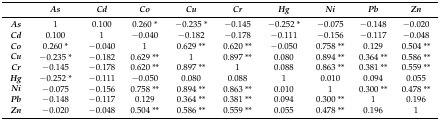
<table><thead><tr><td></td><td><b><i>As</i></b></td><td><b><i>Cd</i></b></td><td><b><i>Co</i></b></td><td><b><i>Cu</i></b></td><td><b><i>Cr</i></b></td><td><b><i>Hg</i></b></td><td><b><i>Ni</i></b></td><td><b><i>Pb</i></b></td><td><b><i>Zn</i></b></td></tr></thead><tbody><tr><td><b><i>As</i></b></td><td>1</td><td>0.100</td><td>0.260 *</td><td>−0.235 *</td><td>−0.145</td><td>−0.252 *</td><td>−0.075</td><td>−0.148</td><td>−0.020</td></tr><tr><td><b><i>Cd</i></b></td><td>0.100</td><td>1</td><td>−0.040</td><td>−0.182</td><td>−0.178</td><td>−0.111</td><td>−0.156</td><td>−0.117</td><td>−0.048</td></tr><tr><td><b><i>Co</i></b></td><td>0.260 *</td><td>−0.040</td><td>1</td><td>0.629 **</td><td>0.620 **</td><td>−0.050</td><td>0.758 **</td><td>0.129</td><td>0.504 **</td></tr><tr><td><b><i>Cu</i></b></td><td>−0.235 *</td><td>−0.182</td><td>0.629 **</td><td>1</td><td>0.897 **</td><td>0.080</td><td>0.894 **</td><td>0.364 **</td><td>0.586 **</td></tr><tr><td><b><i>Cr</i></b></td><td>−0.145</td><td>−0.178</td><td>0.620 **</td><td>0.897 **</td><td>1</td><td>0.088</td><td>0.863 **</td><td>0.381 **</td><td>0.559 **</td></tr><tr><td><b><i>Hg</i></b></td><td>−0.252 *</td><td>−0.111</td><td>−0.050</td><td>0.080</td><td>0.088</td><td>1</td><td>0.010</td><td>0.094</td><td>0.055</td></tr><tr><td><b><i>Ni</i></b></td><td>−0.075</td><td>−0.156</td><td>0.758 **</td><td>0.894 **</td><td>0.863 **</td><td>0.010</td><td>1</td><td>0.300 **</td><td>0.478 **</td></tr><tr><td><b><i>Pb</i></b></td><td>−0.148</td><td>−0.117</td><td>0.129</td><td>0.364 **</td><td>0.381 **</td><td>0.094</td><td>0.300 **</td><td>1</td><td>0.196</td></tr><tr><td><b><i>Zn</i></b></td><td>−0.020</td><td>−0.048</td><td>0.504 **</td><td>0.586 **</td><td>0.559 **</td><td>0.055</td><td>0.478 **</td><td>0.196</td><td>1</td></tr></tbody></table>